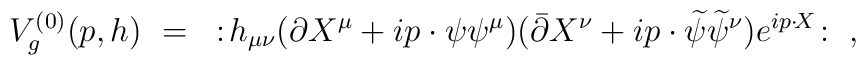
V_g^{(0)}(p,h) ~=~ :\!h_{\mu\nu} (\partial X^{\mu}+ip\cdot\psi \psi^{\mu})({\bar{\partial}} X^{\nu}+ip\cdot{\widetilde\psi}{\widetilde\psi}^{\nu})e^{ip\cdot \!X}\!:~,